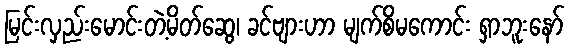
မြင်းလှည်းမောင်းတဲ့မိတ်ဆွေ၊ ခင်ဗျားဟာ မျက်စိမကောင်း ရှာဘူးနော်